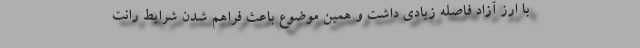
با ارز آزاد فاصله زیادی داشت و همین موضوع باعث فراهم شدن شرایط رانت